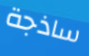
ساذجة